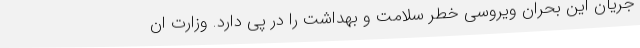
جریان این بحران ویروسی خطر سلامت و بهداشت را در پی دارد. وزارت ان